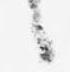
言